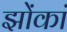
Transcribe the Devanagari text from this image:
झोंकां